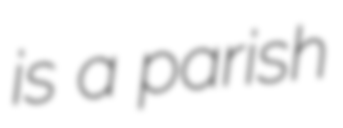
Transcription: is a parish